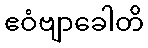
ဧဝံဗျာခေါတိ